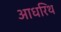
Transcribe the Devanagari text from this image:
आधरिथ